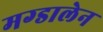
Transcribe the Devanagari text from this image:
मग्डालेन